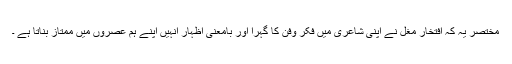
مختصر یہ کہ افتخارؔ مغل نے اپنی شاعری میں فکر وفن کا گہرا اور بامعنی اظہار انہیں اپنے ہم عصروں میں ممتاز بناتا ہے ۔